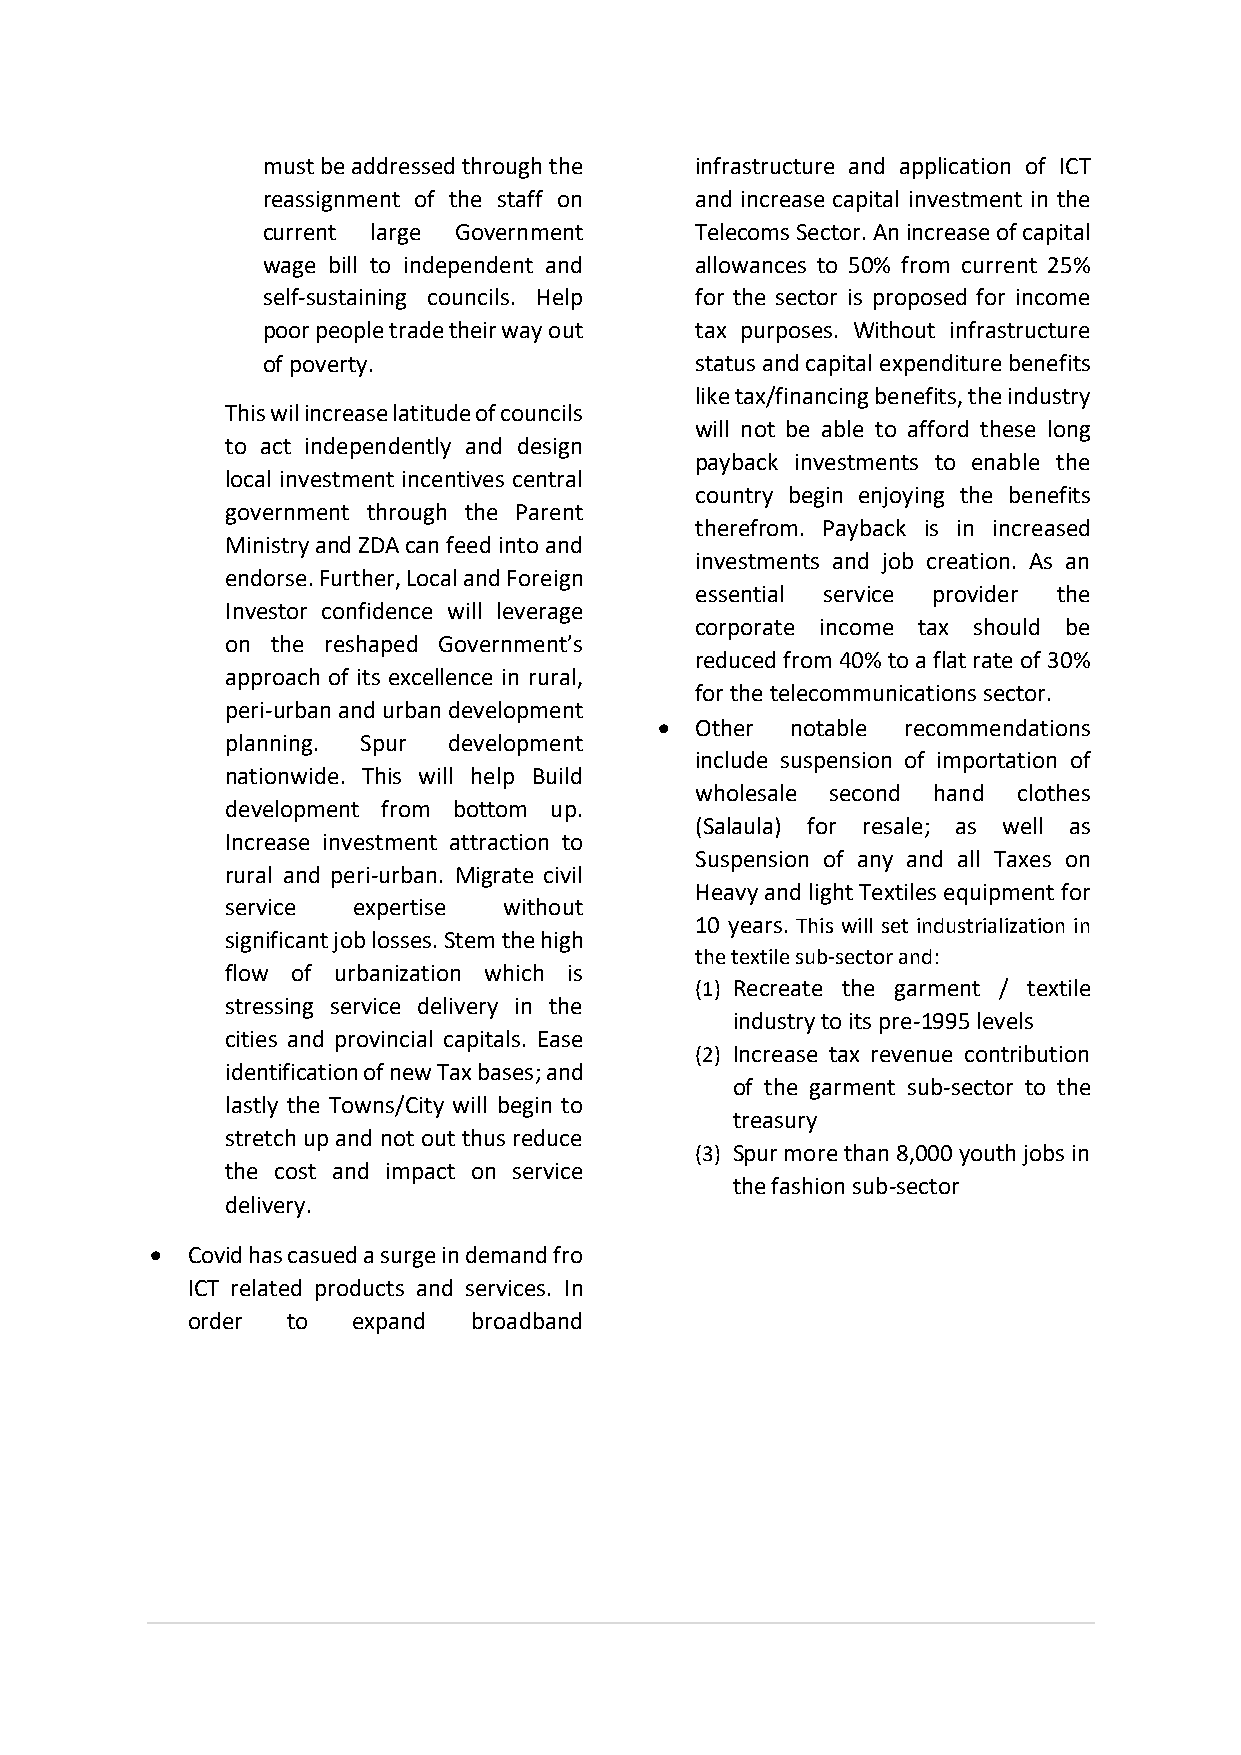
must be addressed through the infrastructure and application of ICT
 reassignment of the staff on and increase capital investment in the
 current large Government     Telecoms Sector. An increase of capital
 wage bill to independent and allowances to 50% from current 25%
 self-sustaining councils. Help for the sector is proposed for income
 poor people trade their way out tax purposes. Without infrastructure
 of poverty.                  status and capital expenditure benefits
 like tax/financing benefits, the industry
 This wil increase latitude of councils
 will not be able to afford these long
 to act independently and design
 payback investments to enable the
 local investment incentives central
 country begin enjoying the benefits
 government through the Parent
 therefrom. Payback is in increased
 Ministry and ZDA can feed into and
 investments and job creation. As an
 endorse. Further, Local and Foreign
 essential service provider the
 Investor confidence will leverage
 corporate income tax should be
 on the reshaped Government’s
 reduced from 40% to a flat rate of 30%
 approach of its excellence in rural,
 for the telecommunications sector.
 peri-urban and urban development
  Other notable recommendations
 planning. Spur development
 include suspension of importation of
 nationwide. This will help Build
 wholesale second hand clothes
 development from bottom up.
 (Salaula) for resale; as well as
 Increase investment attraction to
 Suspension of any and all Taxes on
 rural and peri-urban. Migrate civil
 Heavy and light Textiles equipment for
 service expertise without
 10 years. This will set industrialization in
 significant job losses. Stem the high
 the textile sub-sector and:
 flow of urbanization which is
 (1) Recreate the garment / textile
 stressing service delivery in the
 industry to its pre-1995 levels
 cities and provincial capitals. Ease
 (2) Increase tax revenue contribution
 identification of new Tax bases; and
 of the garment sub-sector to the
 lastly the Towns/City will begin to
 treasury
 stretch up and not out thus reduce
 (3) Spur more than 8,000 youth jobs in
 the cost and impact on service
 the fashion sub-sector
 delivery.
  Covid has casued a surge in demand fro
 ICT related products and services. In
 order  to  expand  broadband